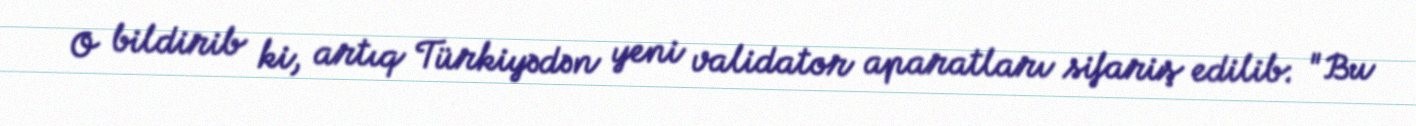
O bildirib ki, artıq Türkiyədən yeni validator aparatları sifariş edilib: "Bu